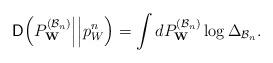
LaTeX: \begin{align*}\mathsf{D}\Big(P^{(\mathcal{B}_n)}_{\mathbf{W}}\Big|\Big|p_W^n\Big)=\int dP^{(\mathcal{B}_n)}_{\mathbf{W}}\log \Delta_{\mathcal{B}_n}.\end{align*}